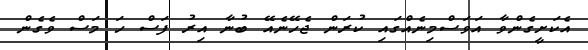
އެކަށީގެންވާ އަވަސްމިނެއްގައި ކުރަން ޖެހޭނެއޭ ބުނާ އިރު ފަސް ހަ މަސް ވެގެން